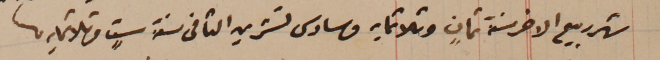
شهر ربيع الاخر سنة ثمانٍ وثلاثمايه وسادس تشرين الثانى سنة ستٍ وثلاثمايه.